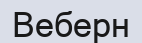
Веберн